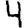
Digit: 4